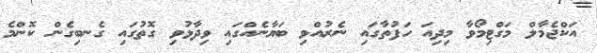
އަކްޖެމާލް މަގްޓިމޯވާ މިދިއަ ހަފުތާގައި ނެރުއްވި ބަޔާނެއްގައި ވިދާޅުވި ގޮތުގައި ގެނބިގެން ކޮންމެ